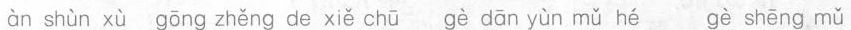
àn shùn xù gōng zhěng de xiě chū gè dān yùn mǔ hé gè shēng mǔ